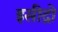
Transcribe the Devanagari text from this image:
इसीद्रो